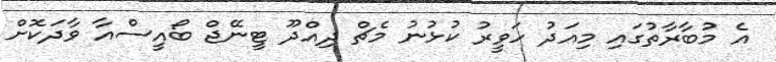
އެ މުބާރާތުގައި މިއަދު ހަވީރު ކުޅުނު މެޗް ދިއްދޫ ޓީނޭޖް ބޯއީސްއާ ވާދަކޮށް